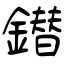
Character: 鐟